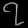
Digit: ၇